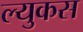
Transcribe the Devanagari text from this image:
ल्युकस